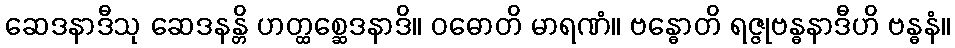
ဆေဒနာဒီသု ဆေဒနန္တိ ဟတ္ထစ္ဆေဒနာဒိ။ ဝဓောတိ မာရဏံ။ ဗန္ဓောတိ ရဇ္ဇုဗန္ဓနာဒီဟိ ဗန္ဓနံ။